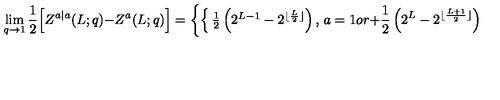
\lim _ { q \to 1 } { \frac { 1 } { 2 } } \Big [ Z ^ { a | a } ( L ; q ) - Z ^ { a } ( L ; q ) \Big ] = \left\{ \begin{cases} { \frac { 1 } { 2 } \left( 2 ^ { L - 1 } - 2 ^ { \lfloor \frac { L } { 2 } \rfloor } \right) , } & { a = 1 o r + } \\ { \frac { 1 } { 2 } \left( 2 ^ { L } - 2 ^ { \lfloor \frac { L + 1 } { 2 } \rfloor } \right) , } & { a = 2 o r F } \\ \end{cases} \right.